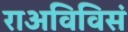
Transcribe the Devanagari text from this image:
राअविविसं